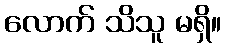
လောက် သိသူ မရှိ။